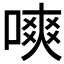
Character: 𠼙